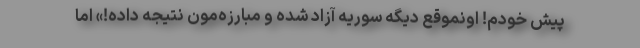
پیش خودم! اونموقع دیگه سوریه آزاد شده و مبارزه‌مون نتیجه داده!» اما